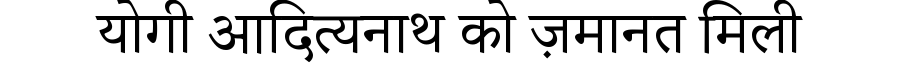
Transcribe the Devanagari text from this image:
योगी आदित्यनाथ को ज़मानत मिली